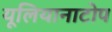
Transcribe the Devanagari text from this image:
यूलियानाटोप